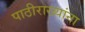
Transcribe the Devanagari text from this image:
पाठीराख्यांना